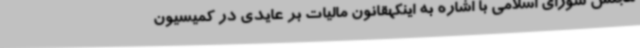
مجلس شورای اسلامی با اشاره به اینکهقانون مالیات بر عایدی در کمیسیون